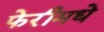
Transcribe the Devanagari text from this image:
फेरीमधे